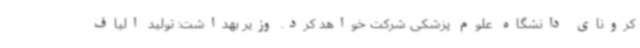
کرونای دانشگاه علوم پزشکی شرکت خواهد کرد. وزیر بهداشت: تولید الیاف